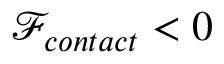
\mathcal { F } _ { c o n t a c t } < 0